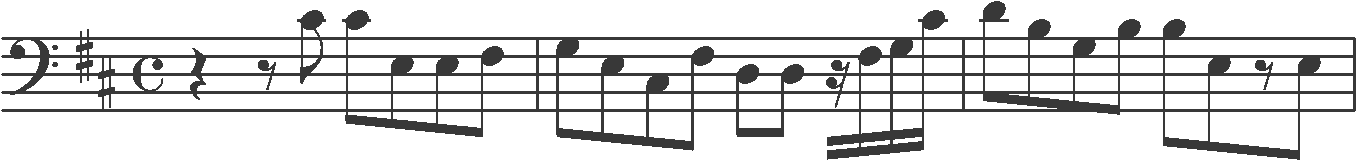
Transcription: clef-F4 keySignature-DM timeSignature-C rest-quarter rest-eighth note-C#4_eighth note-C#4_eighth note-E3_eighth note-E3_eighth note-F#3_eighth barline note-G3_eighth note-E3_eighth note-C#3_eighth note-F#3_eighth note-D3_eighth note-D3_eighth rest-sixteenth note-F#3_sixteenth note-G3_sixteenth note-C#4_sixteenth barline note-D4_eighth note-B3_eighth note-G3_eighth note-B3_eighth note-B3_eighth note-E3_eighth rest-eighth note-E3_eighth barline